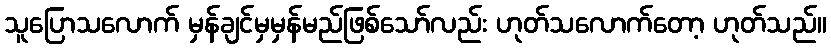
သူပြောသလောက် မှန်ချင်မှမှန်မည်ဖြစ်သော်လည်း ဟုတ်သလောက်တော့ ဟုတ်သည်။